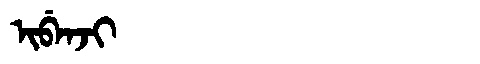
Manchu: ᡳᠪᡝᠨᠵᡳ
Romanization: IBENJI